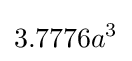
3.7776a^{3}